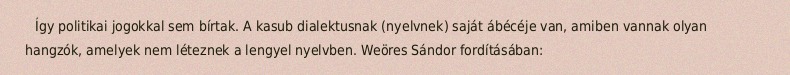
Így politikai jogokkal sem bírtak. A kasub dialektusnak (nyelvnek) saját ábécéje van, amiben vannak olyan hangzók, amelyek nem léteznek a lengyel nyelvben. Weöres Sándor fordításában: